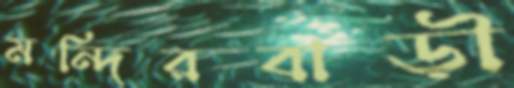
মন্দিরবাড়ী